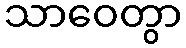
သာဝေတွာ